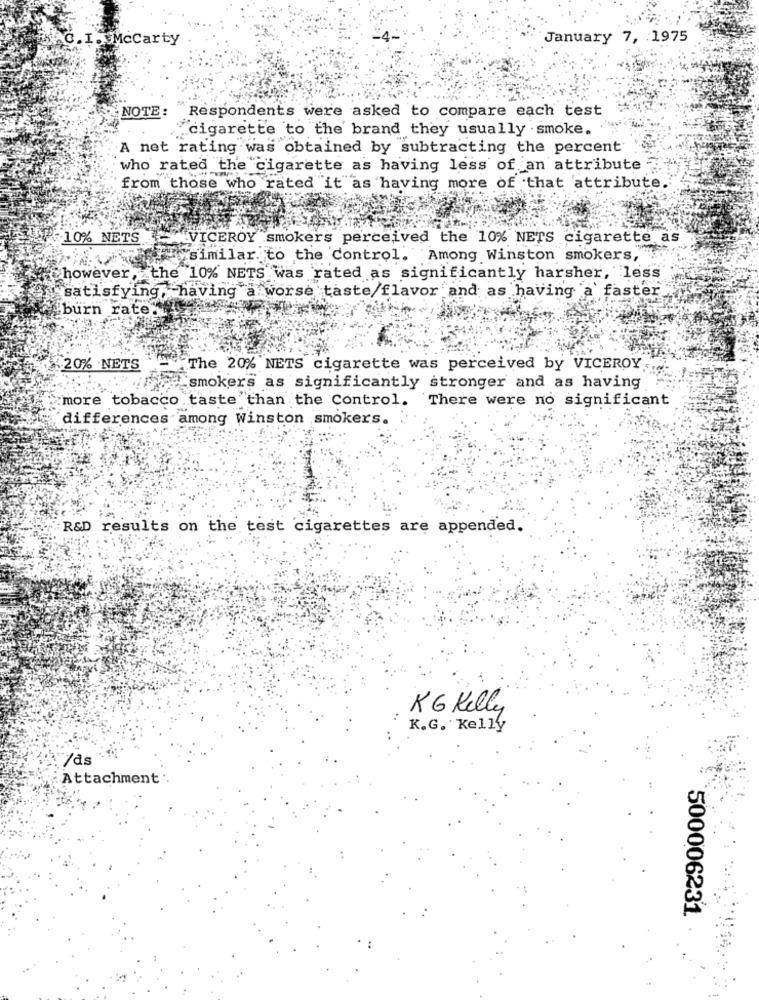
AC. I . McCarty
January 7, 1975
NOTE :
Respondents were asked to compare each test
"cigarette to the brand they usually smoke.
A net rating was obtained by subtracting the percent
who rated the cigarette as having less of an attribute
from those who rated it as having more of that 'attribute,
10% NETS
VICEROY smokers perceived the 10% NETS cigarette as
similar. to the Control. Among Winston smokers,
however, the 10% NETS was rated as significantly harsher, less
satisfying, having a worse taste/flavor and as having a faster.
burn rate.
20% .NETS
The 20% NETS cigarette was perceived by VICEROY
smokers as significantly stronger and as having
more tobacco taste than the Control. There were no significant
differences among Winston smokers.
R&D results on the test cigarettes are appended.
KG Kelly
K.G. Kelly
7ds
Attachment ..
500006231